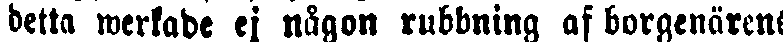
detta werkade ej någon rubbning af borgenärens